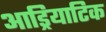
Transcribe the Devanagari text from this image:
आड्रियाटिक